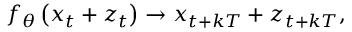
f _ { \theta } \left( x _ { t } + z _ { t } \right) \rightarrow x _ { t + k T } + z _ { t + k T } ,